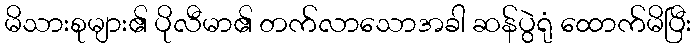
မိသားစုများ၏ ပိုလီမာ၏ တက်လာသောအခါ ဆန်ပွဲရုံ ထောက်မိပြီး